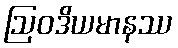
ဩဝဒိယမာနဿ